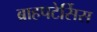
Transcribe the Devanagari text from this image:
ब्राहपटेर्सिस